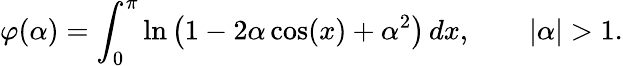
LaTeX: \varphi(\alpha)=\int_{0}^{\pi}\ln\left(1-2\alpha\cos(x)+\alpha^{2}\right)\, dx,\qquad|\alpha|>1.